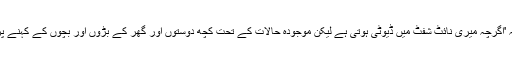
محمود الرحمٰن سے اس موقعے پر ان کے جذبات پوچھے گئے تو ان کا کہنا تھا کہ 'اگرچہ میری نائٹ شفٹ میں ڈیوٹی ہوتی ہے لیکن موجودہ حالات کے تحت کچھ دوستوں اور گھر کے بڑوں اور بچوں کے کہنے پر میں نے حافظ صاحب سے بات کی اور گھر میں ہی نماز تراویح کا اہتمام کر لیا۔